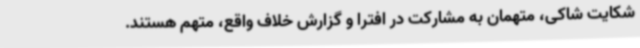
شکایت شاکی، متهمان به مشارکت در افترا و گزارش خلاف واقع، متهم هستند.